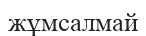
жұмсалмай